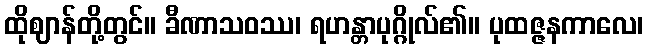
ထိုဈာန်တို့တွင်။ ခီဏာသဝဿ၊ ရဟန္တာပုဂ္ဂိုလ်၏။ ပုထဇ္ဇနကာလေ၊